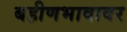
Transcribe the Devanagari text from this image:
बहीणभावावर